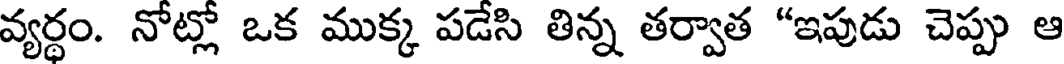
వ్యర్థం. నోట్లో ఒక ముక్క పడేసి తిన్న తర్వాత "ఇపుడు చెప్పు ఆ